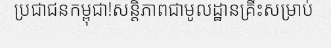
ប្រជាជនកម្ពុជា!សន្តិភាពជាមូលដ្ឋានគ្រឹះសម្រាប់